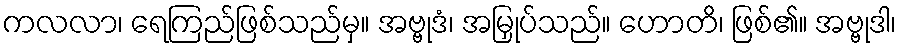
ကလလာ၊ ရေကြည်ဖြစ်သည်မှ။ အဗ္ဗုဒံ၊ အမြှုပ်သည်။ ဟောတိ၊ ဖြစ်၏။ အဗ္ဗုဒါ၊